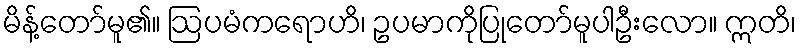
မိန့်တော်မူ၏။ ဩပမံကရောဟိ၊ ဥပမာကိုပြုတော်မူပါဦးလော။ ဣတိ၊